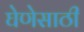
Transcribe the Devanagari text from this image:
घेणेसाठी